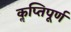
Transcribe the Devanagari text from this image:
कॢप्तिपूर्ण